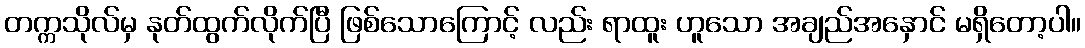
တက္ကသိုလ်မှ နုတ်ထွက်လိုက်ပြီ ဖြစ်သောကြောင့် လည်း ရာထူး ဟူသော အချည်အနှောင် မရှိတော့ပါ။